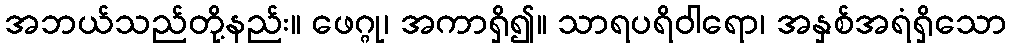
အဘယ်သည်တို့နည်း။ ဖေဂ္ဂု၊ အကာရှိ၍။ သာရပရိဝါရော၊ အနှစ်အရံရှိသော